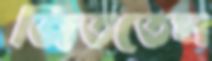
জিততেম